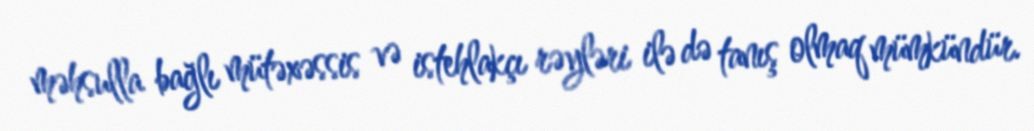
məhsulla bağlı mütəxəssis və istehlakçı rəyləri ilə də tanış olmaq mümkündür.